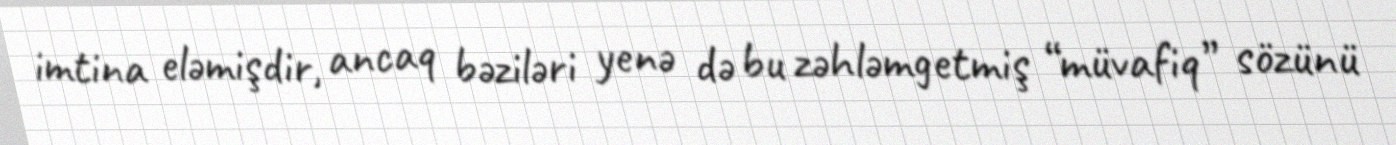
imtina eləmişdir, ancaq bəziləri yenə də bu zəhləmgetmiş “müvafiq” sözünü